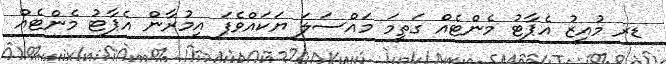
ޑރ މުއީޒު އެޕާޓު މެންޓެއް ގަތީމަ މައްސަލަ ޔަކައްވެފަ އިމުރާން އެޕާޓު މެންޓެއް